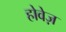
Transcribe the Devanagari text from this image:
होवेज़